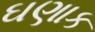
ઘણાક